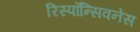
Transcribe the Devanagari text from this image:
रिस्पॉन्सिवनेस